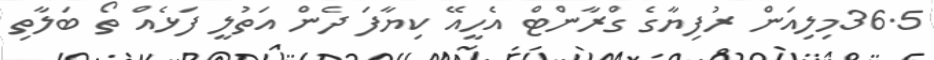
36.5މިލިއަން ރުފިޔާގެ ގްރާންޓް އެހީއޭ ކިޔާފަ ދެން އަތުލީ ފަޅެއް ތޯ ބަލާތި